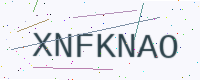
Text: XNFKNAO